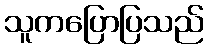
သူကပြောပြသည်